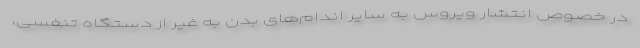
در خصوص انتشار ویروس به سایر اندام‌های بدن به غیر از دستگاه تنفسی،